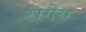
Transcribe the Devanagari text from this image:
रागेय